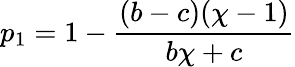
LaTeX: p_{1}=1-\frac{(b-c)(\chi-1)}{b\chi+c}